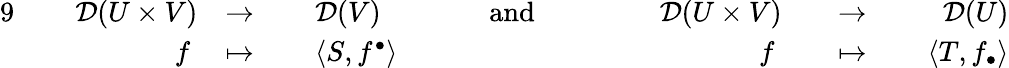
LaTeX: {\begin{array}{rlrlrlrlrlrlrlr}{{9}\, }&{}&{{\mathcal{D}}(U\times V)}&{\to\, }&&{{\mathcal{D}}(V)}&&{\quad{\mathrm{~and~}}\quad}&&{\, }&{{\mathcal{D}}(U\times V)}&{}&{\to\, }&{}&{{\mathcal{D}}(U)}\\ &{}&{f\ }&{\mapsto\, }&&{\langle S,f^{\bullet}\rangle}&&{}&&{}&{f\ }&{}&{\mapsto\, }&{}&{\langle T,f_{\bullet}\rangle}\end{array}}